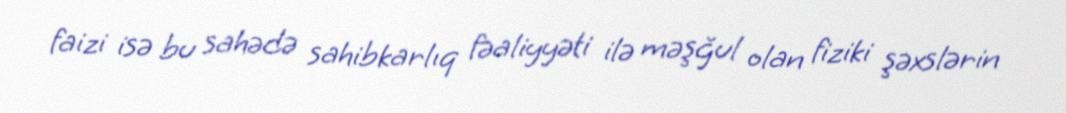
faizi isə bu sahədə sahibkarlıq fəaliyyəti ilə məşğul olan fiziki şəxslərin